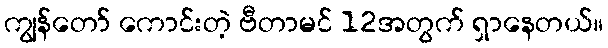
ကျွန်တော် ကောင်းတဲ့ ဗီတာမင် 12အတွက် ရှာနေတယ်။